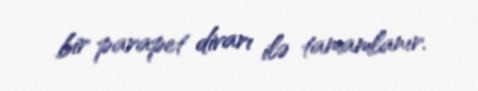
bir parapet divarı ilə tamamlanır.